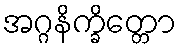
အဂ္ဂနိက္ခိတ္တော